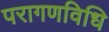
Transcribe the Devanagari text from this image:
परागणविधि